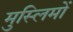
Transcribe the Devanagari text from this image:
मुस्‍लिमों